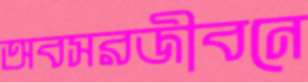
অবসরজীবনে